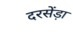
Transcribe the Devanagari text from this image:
दरसेंड़ा